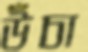
উঁচা